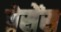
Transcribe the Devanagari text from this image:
प्रेसेंस